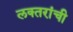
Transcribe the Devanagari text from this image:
लक्‍तरांची